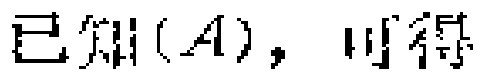
已知\((A)\)，可得